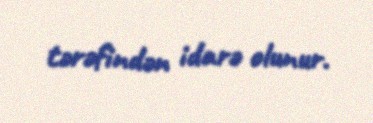
tərəfindən idarə olunur.